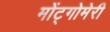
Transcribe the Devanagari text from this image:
मोंट्गोमेरी